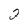
Character: 2